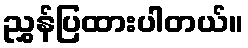
ညွှန်ပြထားပါတယ်။